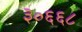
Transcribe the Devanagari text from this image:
३०६६८